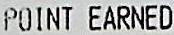
POINT EARNED